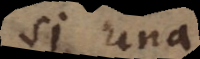
si una